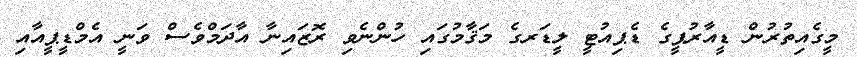
މީގެއިތުރުން ޑީއާރުޕީގެ ޑެޕިއުޓީ ލީޑަރގެ މަޤާމުގައި ހުންނެވި ރޮޒައިނާ އާދަމްވެސް ވަނީ އެމްޑީޕީއާއި